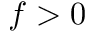
f > 0